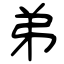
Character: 弟